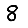
Digit: 8